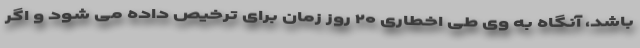
باشد، آنگاه به وی طی اخطاری ۲۰ روز زمان برای ترخیص داده می شود و اگر